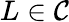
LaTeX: L\in{\mathcal{C}}